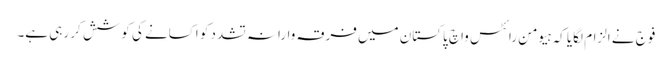
فوج نے الزام لگایا کہ ہیومن رائٹس واچ پاکستان میں فرقہ وارانہ تشدد کو اکسانے کی کوشش کر رہی ہے۔